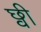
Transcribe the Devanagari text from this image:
छ्वी